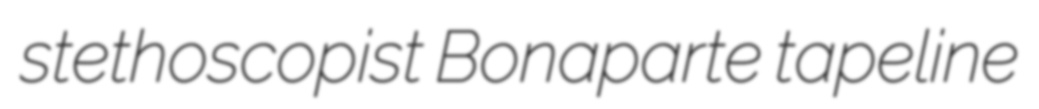
stethoscopist Bonaparte tapeline